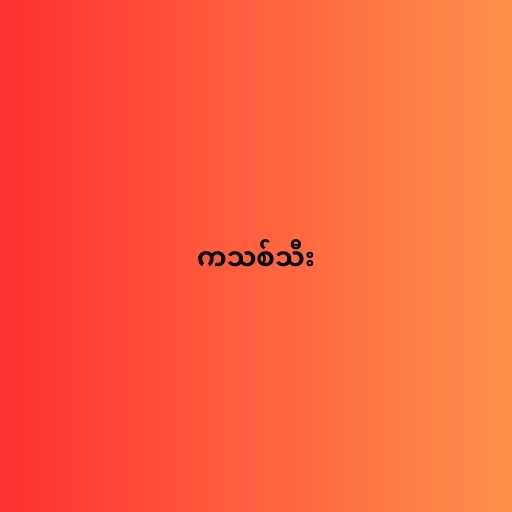
ကသစ်သီး